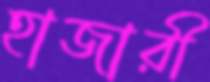
হাজারী